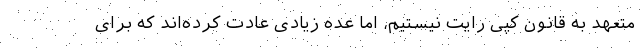
متعهد به قانون کپی رایت نیستیم، اما عده زیادی عادت کرده‌اند که برای